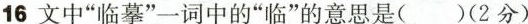
16 文中“临摹”一词中的“临”的意思是()（2分）